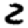
Digit: 2